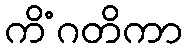
ကိံဂတိကာ